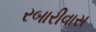
રબારીવાસ